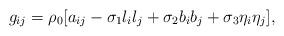
LaTeX: \begin{align*} g_{ij} = \rho_0[a_{ij} - \sigma_1l_il_j + \sigma_2b_ib_j + \sigma_3\eta_i\eta_j], \end{align*}